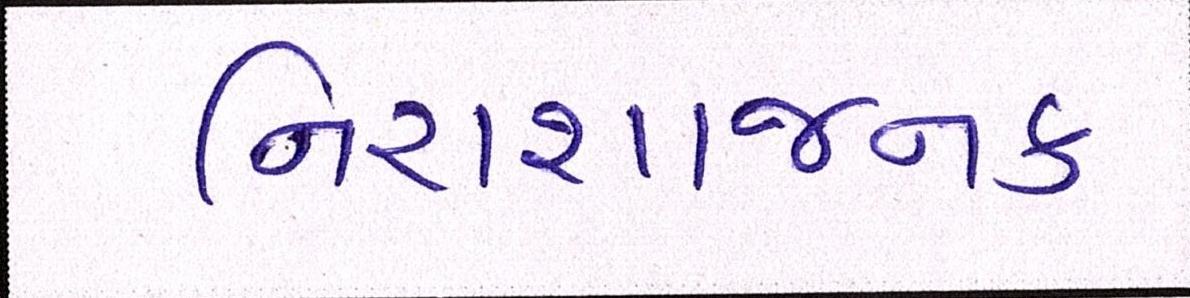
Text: નિરાશાજનક